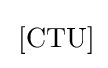
\,{\text{[CTU]}}